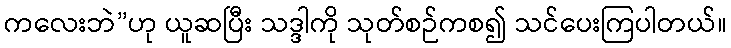
ကလေးဘဲ”ဟု ယူဆပြီး သဒ္ဒါကို သုတ်စဉ်ကစ၍ သင်ပေးကြပါတယ်။